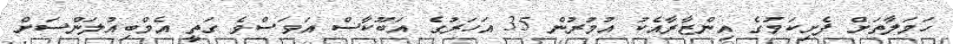
ހަމަލާތަށް ފެށިކަމުގެ އިންޒާރާއެކު އުމުރުން 35 އަހަރުގެ އަބޫކާސް އަވަސްވެ ގަތީ އެމްބިއުލަންސަށް